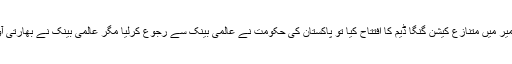
مئی کے مہینے میں بھارتی وزیر اعظم نے مقبوضہ کشمیر میں متنازع کیشن گنگا ڈیم کا افتتاح کیا تو پاکستان کی حکومت نے عالمی بینک سے رجوع کرلیا مگر عالمی بینک نے بھارتی آواز میں آواز ملاتے ہوئے پاکستان موقف کو رد کردیاتھا۔